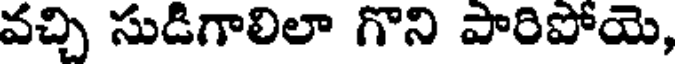
వచ్చి సుడిగాలిలా గొని పారిపోయె,